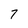
Character: 7